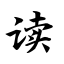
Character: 读